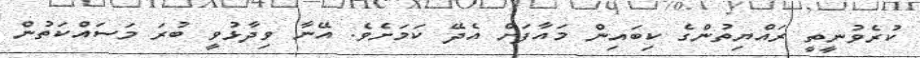
ކުރެވުނީތީ ރައްޔިތުންގެ ކިބައިން މައާފަށް އެދޭ ކަަމަށެވެ. އޭނާ ވިދާޅުވީ ބުރަ މަަސައްކަތުން